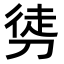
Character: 𭄂